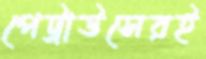
পেট্রাউসেরই